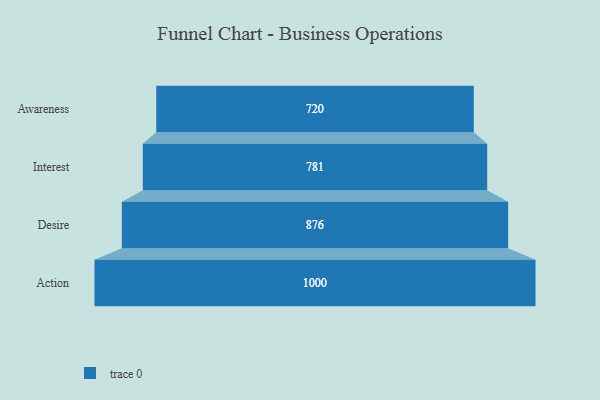
{"axis": {"x": "Stage", "y": "Value"}, "legend": [""], "data": [{"x": "Awareness", "y": 720.0, "type": ""}, {"x": "Interest", "y": 781.0, "type": ""}, {"x": "Desire", "y": 876.0, "type": ""}, {"x": "Action", "y": 1000.0, "type": ""}]}